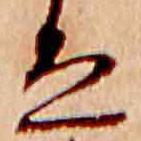
ゑ